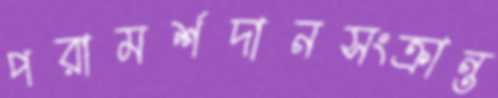
পরামর্শদানসংক্রান্ত